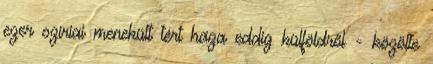
ezer szíriai menekült tért haza eddig külföldről - közölte